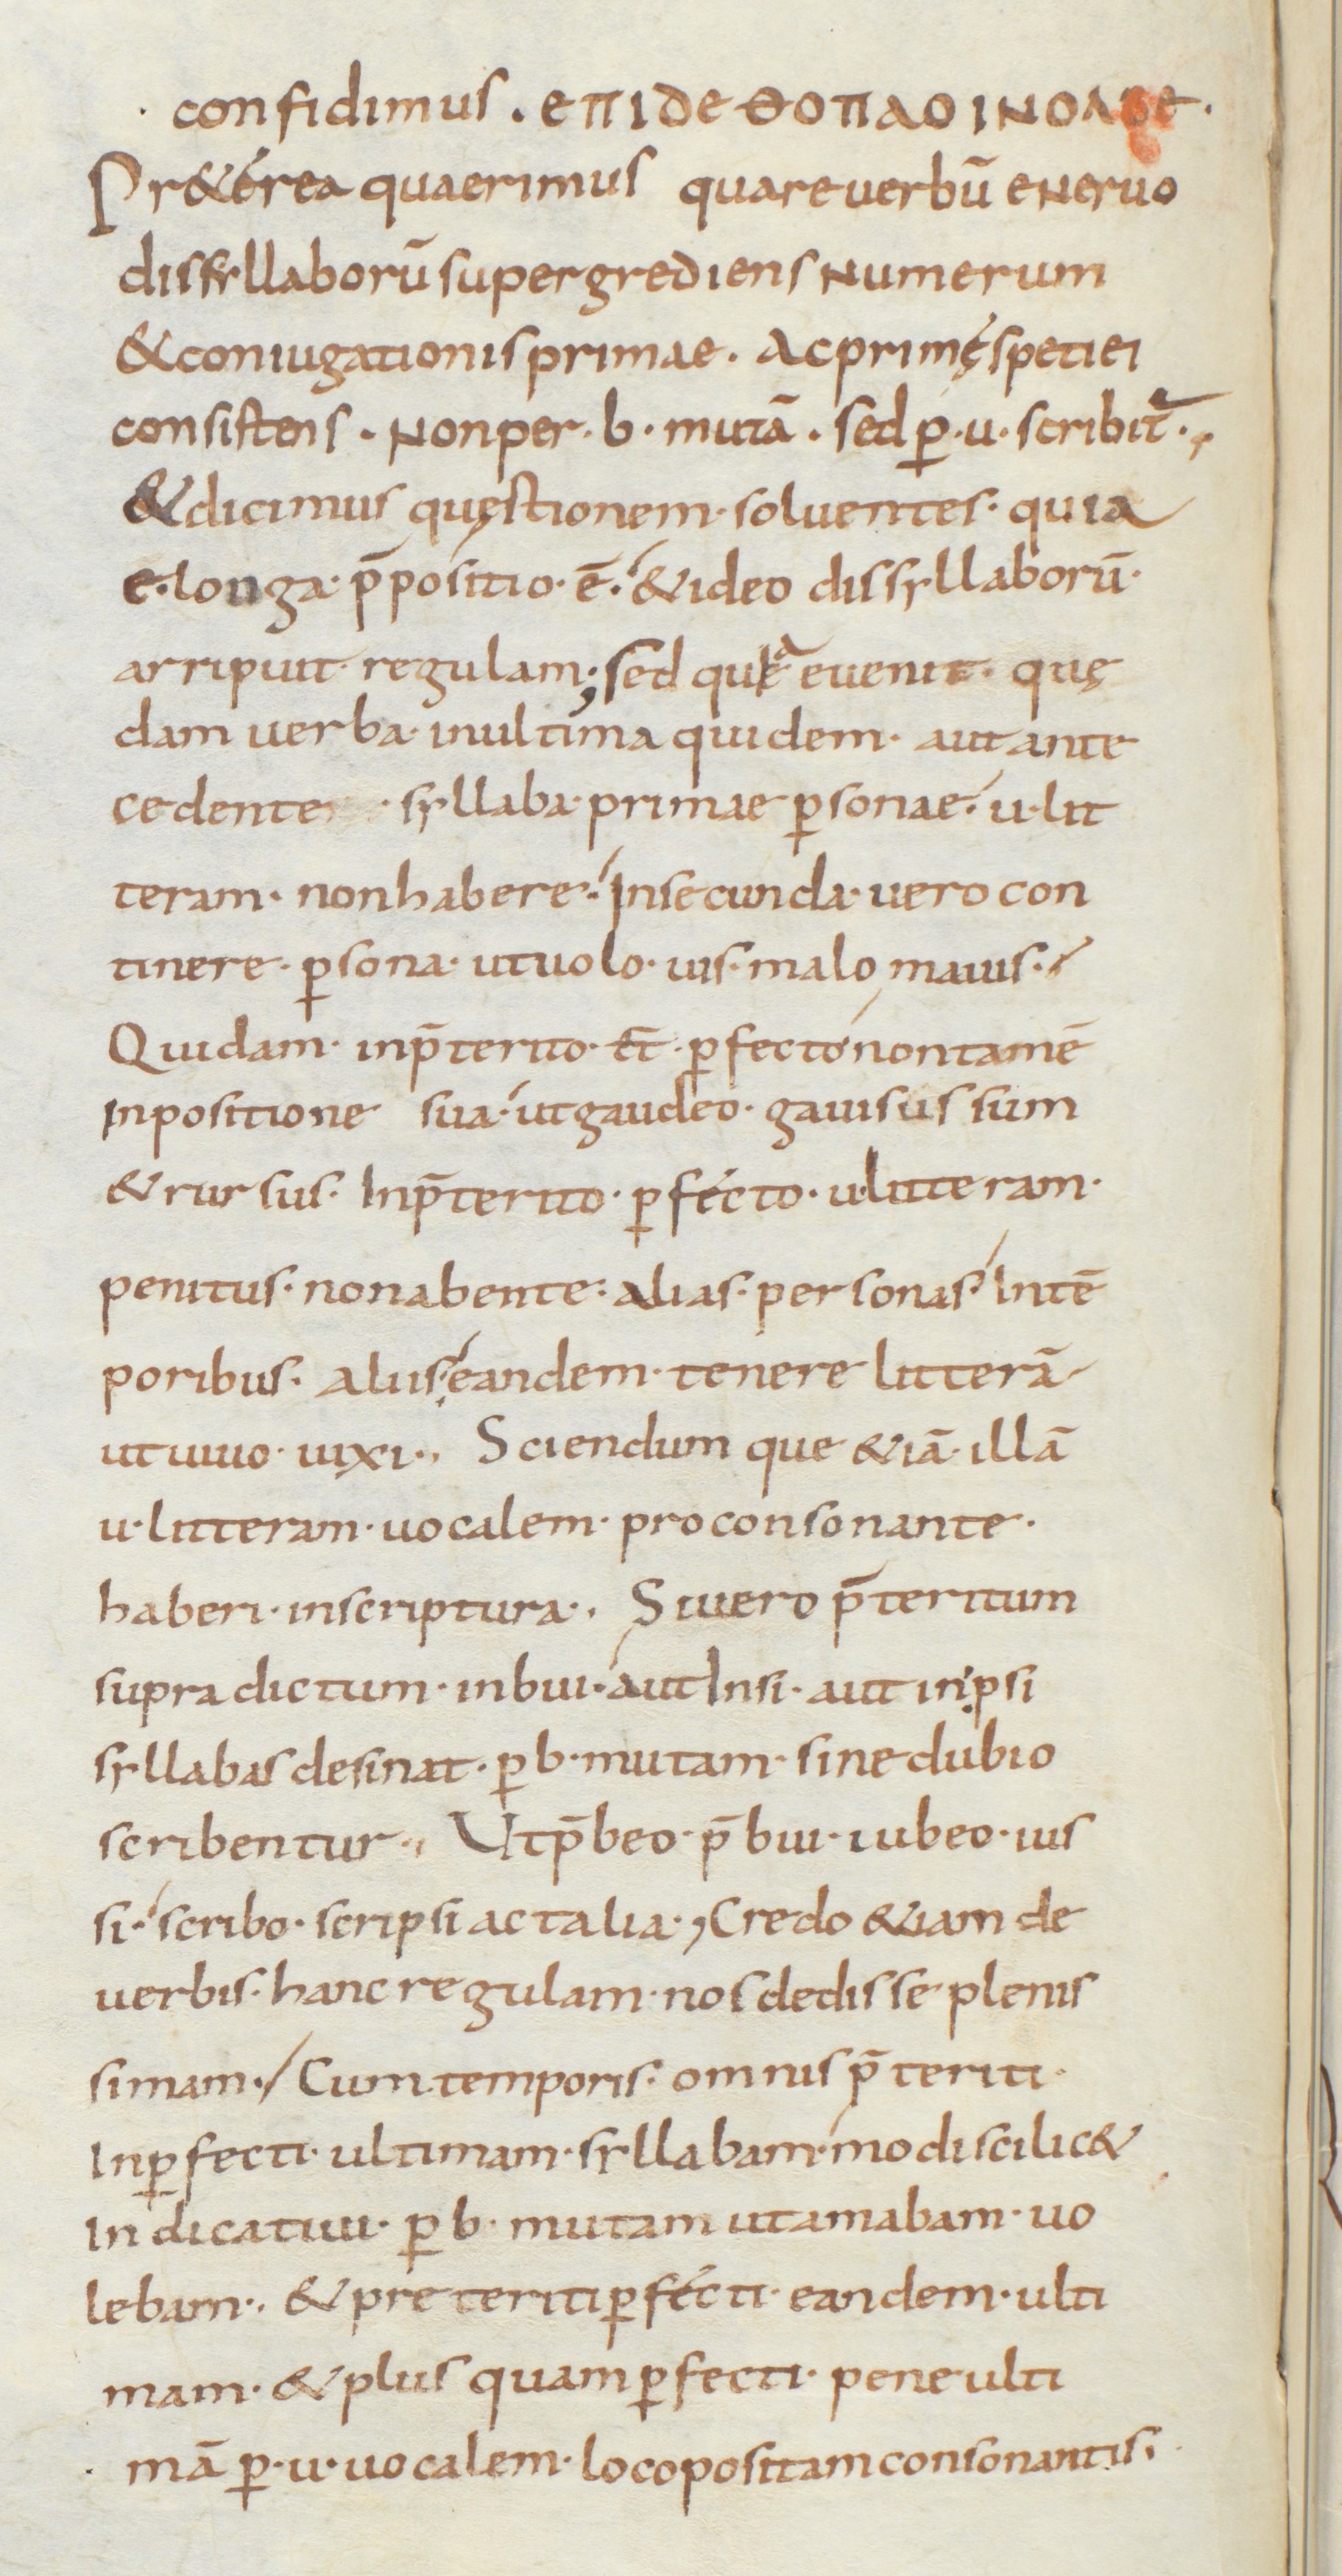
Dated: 850–899